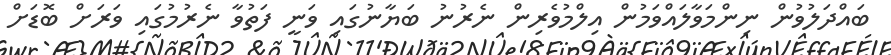
ބައްދަލުވުން ނިންމަވާލައްވަމުން އިލްމުވެރިން ނެރުނު ބަޔާނުގައި ވަނީ ފަތުވާ ނެރުމުގައި ވަރަށް ބޮޑަށް